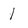
Character: I